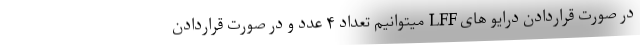
در صورت قراردادن درایو های LFF میتوانیم تعداد ۴ عدد و در صورت قراردادن